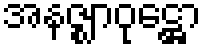
အနဇ္ဈာဝုဋ္ဌော